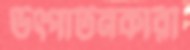
উৎপাটনকারী